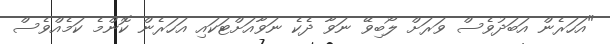
"އަހަރެން އަބަދުވެސް ވަރަށް ލޯބިވޭ ނަވާ ދެކެ ނަވާއަށްޓަކައި އަހަރެން ކޮންމެ ކަމެއްވެސް